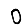
Digit: 0